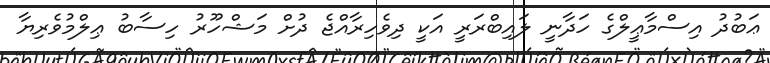
ޢަބުދު އިސްމާޢީލްގެ ހަދާނީ ލައިބްރަރީ އަކީ ދިވެހިރާއްޖެ ދުށް މަޝްހޫރު ހިސާބު ޢިލްމުވެރިޔާ